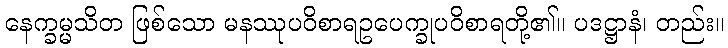
နေက္ခမ္မသိတ ဖြစ်သော မနဿုပဝိစာရဥပေက္ခုပဝိစာရတို့၏။ ပဒဋ္ဌာနံ၊ တည်း။